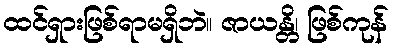
ထင်ရှားဖြစ်ရာမရှိဘဲ။ ဇာယန္တိ၊ ဖြစ်ကုန်